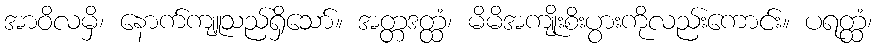
အာဝိလမှိ၊ နောက်ကျူသည်ရှိသော်။ အတ္တဒတ္ထံ၊ မိမိအကျိုးစိးပွားကိုလည်းကောင်း။ ပရတ္ထံ၊